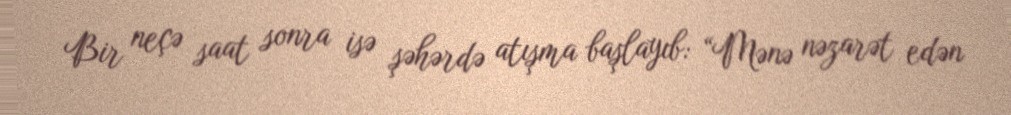
Bir neçə saat sonra isə şəhərdə atışma başlayıb: “Mənə nəzarət edən